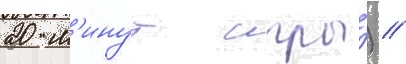
20 м'инут игры́) /